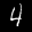
Label: 4